Report of the Indian Hemp Drugs Commission, 1894-1895 - Volume IV
Year: 1894
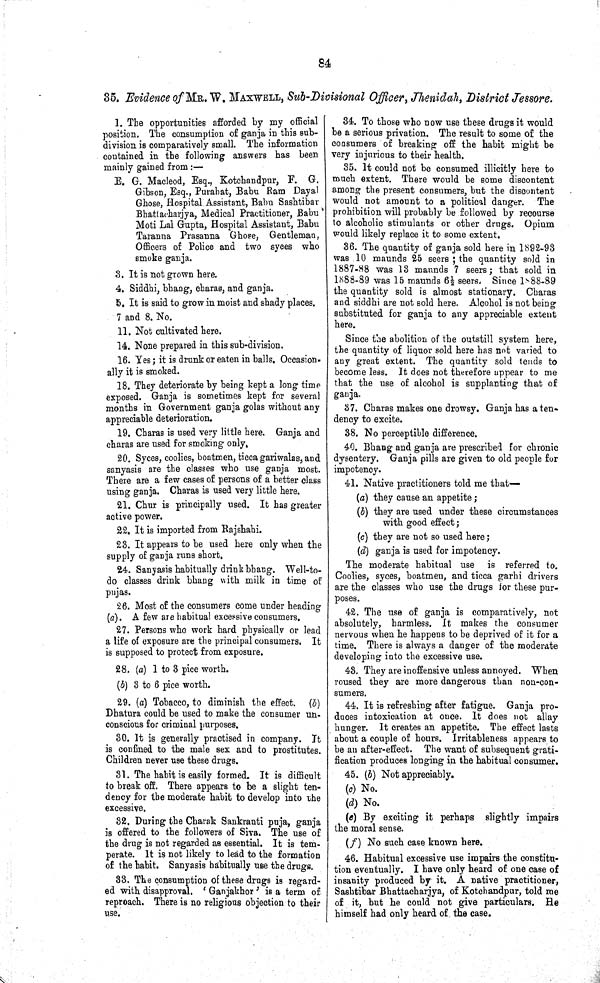
84
35. Evidence of MR. W. MAXWELL, Sub-Divisional Officer, Jhenidah, District Jessore.
1. The opportunities afforded by my official
position. The consumption of ganja in this sub¬
division is comparatively small. The information
contained in the following answers has been
mainly gained from:—
E. G. Macleod, Esq., Kotchandpur, F. G.
Gibson, Esq., Purahat, Babu Ram Dayal
Ghose, Hospital Assistant, Babu Sashtibar
Bhattacharjya, Medical Practitioner, Babu
Moti Lal Gupta, Hospital Assistant, Babu
Taranna Prasanna Ghose, Gentleman,
Officers of Police and two syces who
smoke ganja.
3. It is not grown here.
4. Siddhi, bhang, charas, and ganja.
5. It is said to grow in moist and shady places.
7 and 8. No.
11. Not cultivated here.
14. None prepared in this sub-division.
16. Yes; it is drunk or eaten in balls. Occasion-
ally it is smoked.
18. They deteriorate by being kept a long time
exposed. Ganja is sometimes kept for several
months in Government ganja golas without any
appreciable deterioration.
19. Charas is used very little here. Ganja and
charas are used for smoking only.
20. Syces, coolies, boatmen, ticca gariwalas, and
sanyasis are the classes who use ganja most.
There are a few cases of persons of a better class
using ganja. Charas is used very little here.
21. Chur is principally used. It has greater
active power.
22. It is imported from Rajshahi.
23. It appears to be used here only when the
supply of ganja runs short.
24. Sanyasis habitually drink bhang. Well-to-
do classes drink bhang with milk in time of
pujas.
26. Most of the consumers come under heading
(a). A few are habitual excessive consumers.
27. Persons who work hard physically or lead
a life of exposure are the principal consumers. It
is supposed to protect from exposure.
28. (a) 1 to 3 pice worth.
(b) 3 to 6 pice worth.
29. (a) Tobacco, to diminish the effect. (b)
Dhatura could be used to make the consumer un¬
conscious for criminal purposes.
30. It is generally practised in company. It
is confined to the male sex and to prostitutes.
Children never use these drugs.
31. The habit is easily formed. It is difficult
to break off. There appears to be a slight ten¬
dency for the moderate habit to develop into the
excessive.
32. During the Charak Sankranti puja, ganja
is offered to the followers of Siva. The use of
the drug is not regarded as essential. It is tem¬
perate. It is not likely to lead to the formation
of the habit. Sanyasis habitually use the drugs.
33. The consumption of these drugs is regard¬
ed with disapproval. 'Ganjakhor' is a term of
reproach. There is no religious objection to their
use.
34. To those who now use these drugs it would
be a serious privation. The result to some of the
consumers of breaking off the habit might be
very injurious to their health.
35. It could not be consumed illicitly here to
much extent. There would be some discontent
among the present consumers, but the discontent
would not amount to a political danger. The
prohibition will probably be followed by recourse
to alcoholic stimulants or other drugs. Opium
would likely replace it to some extent.
36. The quantity of ganja sold here in 1892-93
was 10 maunds 25 seers; the quantity sold in
1887-88 was 13 maunds 7 seers; that sold in
1888-89 was 15 maunds 61/2 seers. Since 1888-89
the quantity sold is almost stationary. Charas
and siddhi are not sold here. Alcohol is not being
substituted for ganja to any appreciable extent
here.
Since the abolition of the outstill system here,
the quantity of liquor sold here has not varied to
any great extent. The quantity sold tends to
become less. It does not therefore appear to me
that the use of alcohol is supplanting that of
ganja.
37. Charas makes one drowsy. Ganja has a ten¬
dency to excite.
38. No perceptible difference.
40. Bhang and ganja are prescribed for chronic
dysentery. Ganja pills are given to old people for
impotency.
41. Native practitioners told me that—
(a) they cause an appetite;
(b) they are used under these circumstances
with good effect;
(c) they are not so used here;
(d) ganja is used for impotency.
The moderate habitual use is referred to.
Coolies, syces, boatmen, and ticca garhi drivers
are the classes who use the drugs for these pur¬
poses.
42. The use of ganja is comparatively, not
absolutely, harmless. It makes the consumer
nervous when he happens to be deprived of it for a
time. There is always a danger of the moderate
developing into the excessive use.
43. They are inoffensive unless annoyed. When
roused they are more dangerous than non-con¬
sumers.
44. It is refreshing after fatigue. Ganja pro¬
duces intoxication at once. It does not allay
hunger. It creates an appetite. The effect lasts
about a couple of hours. Irritableness appears to
be an after-effect. The want of subsequent grati¬
fication produces longing in the habitual consumer.
45. (b) Not appreciably.
(c) No.
(d) No.
(e) By exciting it perhaps slightly impairs
the moral sense.
(f) No such case known here.
46. Habitual excessive use impairs the constitu¬
tion eventually. I have only heard of one case of
insanity produced by it. A native practitioner,
Sashtibar Bhattacharjya, of Kotchandpur, told me
of it, but he could not give particulars. He
himself had only heard of the case.